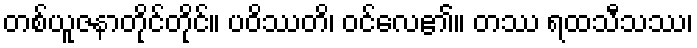
တစ်ယူဇနာတိုင်တိုင်။ ပဝိဿတိ၊ ဝင်လေ၏။ တဿ ရထသီသဿ၊